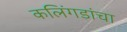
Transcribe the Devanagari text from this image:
कलिंगडांचा